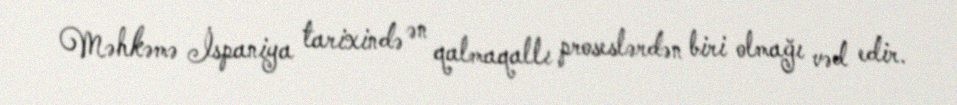
Məhkəmə İspaniya tarixində ən qalmaqallı proseslərdən biri olmağı vəd edir.